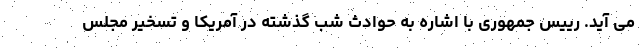
می آید. رییس جمهوری با اشاره به حوادث شب گذشته در آمریکا و تسخیر مجلس